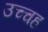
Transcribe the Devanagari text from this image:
उच्चह